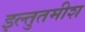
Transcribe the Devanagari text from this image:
इल्तुतमीश